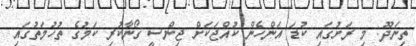
ތިނަދޫ: މި ރަށުގައި ކުޑަ އަންހެން ކުއްޖަކަށް ޖިންސީ ގޯނާކުރި ކަމުގެ ތުހުމަތުގައި